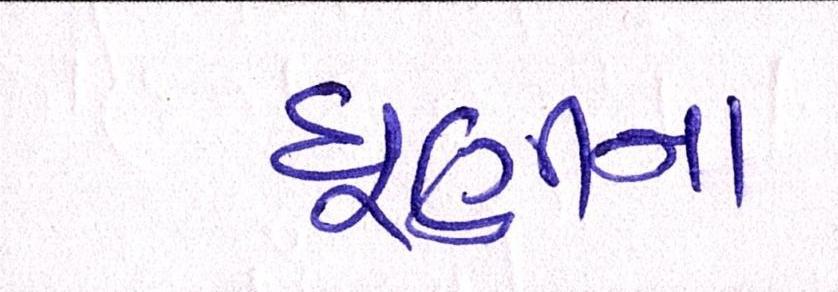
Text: ધૂણીના